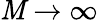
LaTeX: \mathit{M}\rightarrow\infty